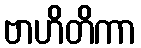
ဗာဟိတိကာ